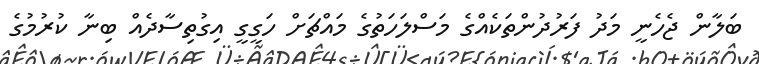
ބަލާން ޖެހެނީ މަދު ފަރުދުންތަކެއްގެ މަސްލަހަތުގެ މައްޗަށް ހަގީގީ އިގުތިސާދެއް ބިނާ ކުރުމުގެ